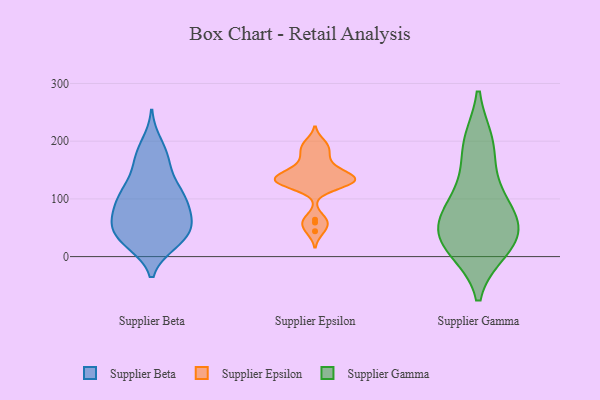
{"axis": {"x": "Customer Acquisition Cost (USD)", "y": "Value"}, "legend": ["Supplier Beta", "Supplier Epsilon", "Supplier Gamma"], "data": [{"x": "", "y": 115, "type": "Supplier Beta"}, {"x": "", "y": 117, "type": "Supplier Beta"}, {"x": "", "y": 107, "type": "Supplier Beta"}, {"x": "", "y": 174, "type": "Supplier Beta"}, {"x": "", "y": 56, "type": "Supplier Beta"}, {"x": "", "y": 31, "type": "Supplier Beta"}, {"x": "", "y": 22, "type": "Supplier Beta"}, {"x": "", "y": 112, "type": "Supplier Beta"}, {"x": "", "y": 92, "type": "Supplier Beta"}, {"x": "", "y": 77, "type": "Supplier Beta"}, {"x": "", "y": 22, "type": "Supplier Beta"}, {"x": "", "y": 151, "type": "Supplier Beta"}, {"x": "", "y": 197, "type": "Supplier Beta"}, {"x": "", "y": 49, "type": "Supplier Beta"}, {"x": "", "y": 55, "type": "Supplier Beta"}, {"x": "", "y": 27, "type": "Supplier Beta"}, {"x": "", "y": 68, "type": "Supplier Beta"}, {"x": "", "y": 87, "type": "Supplier Beta"}, {"x": "", "y": 50, "type": "Supplier Beta"}, {"x": "", "y": 169, "type": "Supplier Beta"}, {"x": "", "y": 140, "type": "Supplier Epsilon"}, {"x": "", "y": 140, "type": "Supplier Epsilon"}, {"x": "", "y": 197, "type": "Supplier Epsilon"}, {"x": "", "y": 177, "type": "Supplier Epsilon"}, {"x": "", "y": 126, "type": "Supplier Epsilon"}, {"x": "", "y": 64, "type": "Supplier Epsilon"}, {"x": "", "y": 133, "type": "Supplier Epsilon"}, {"x": "", "y": 162, "type": "Supplier Epsilon"}, {"x": "", "y": 44, "type": "Supplier Epsilon"}, {"x": "", "y": 59, "type": "Supplier Epsilon"}, {"x": "", "y": 189, "type": "Supplier Epsilon"}, {"x": "", "y": 132, "type": "Supplier Epsilon"}, {"x": "", "y": 134, "type": "Supplier Epsilon"}, {"x": "", "y": 124, "type": "Supplier Epsilon"}, {"x": "", "y": 151, "type": "Supplier Epsilon"}, {"x": "", "y": 128, "type": "Supplier Epsilon"}, {"x": "", "y": 193, "type": "Supplier Gamma"}, {"x": "", "y": 68, "type": "Supplier Gamma"}, {"x": "", "y": 14, "type": "Supplier Gamma"}, {"x": "", "y": 86, "type": "Supplier Gamma"}, {"x": "", "y": 34, "type": "Supplier Gamma"}, {"x": "", "y": 196, "type": "Supplier Gamma"}, {"x": "", "y": 122, "type": "Supplier Gamma"}, {"x": "", "y": 65, "type": "Supplier Gamma"}, {"x": "", "y": 23, "type": "Supplier Gamma"}, {"x": "", "y": 28, "type": "Supplier Gamma"}]}